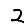
Digit: 2